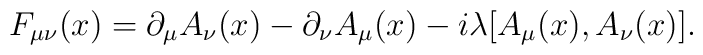
F_{\mu\nu}(x)=\partial_\mu A_\nu(x)-\partial_\nu A_\mu(x)-i\lambda[A_\mu(x),A_\nu(x)].